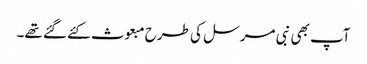
آپ بھی نبی مرسل کی طرح مبعوث کئے گئے تھے۔